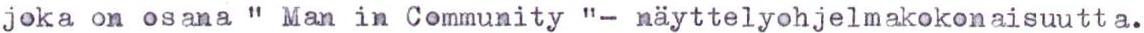
joka on osana " Man in Community "- näyttelyohjelmakokonaisuutta.